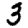
Digit: 3